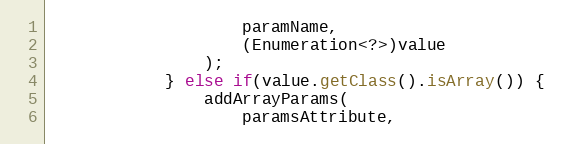
Language: Java
					paramName,
					(Enumeration<?>)value
				);
			} else if(value.getClass().isArray()) {
				addArrayParams(
					paramsAttribute,